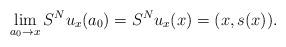
LaTeX: \begin{align*}\lim_{a_{0}\to x}S^{N}u_{x}(a_{0})=S^{N}u_{x}(x)=(x,s(x)).\end{align*}